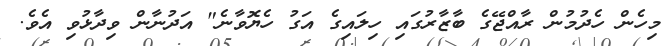
މިހެން ހެދުމުން ރާއްޖޭގެ ބާޒާރުގައި ހިލައިގެ އަގު ހެޔޮވާނެ" އަދުނާން ވިދާޅުވި އެވެ.